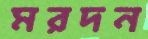
মরদন